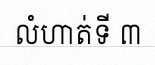
លំហាត់ទី ៣